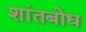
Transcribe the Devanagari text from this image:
शांतबोध